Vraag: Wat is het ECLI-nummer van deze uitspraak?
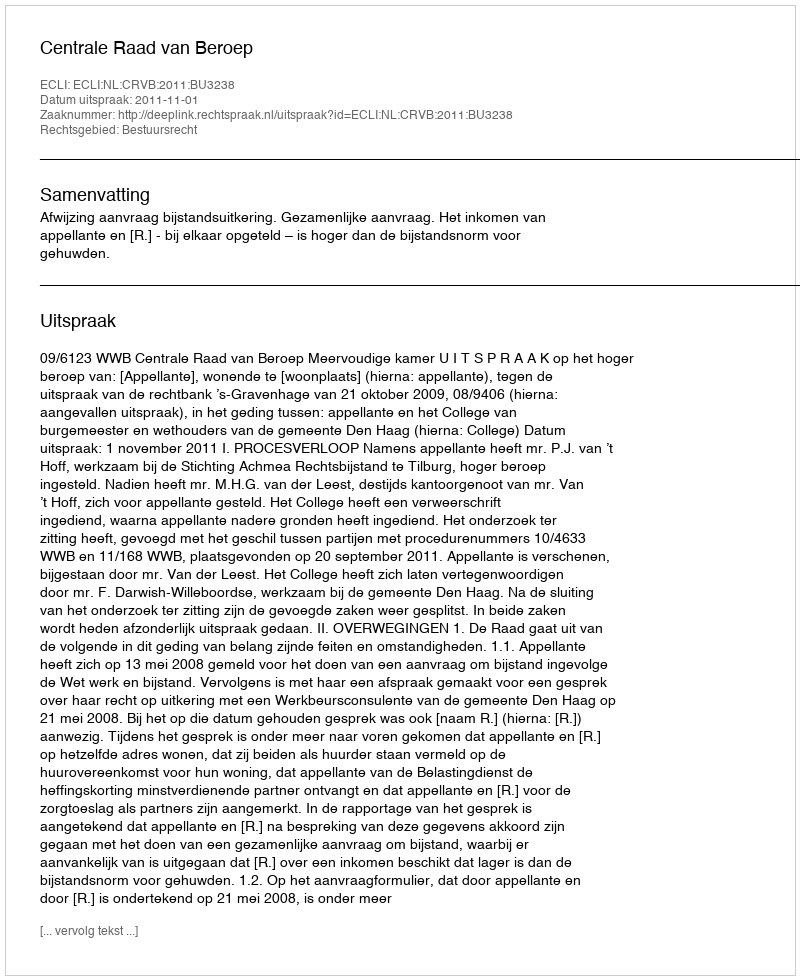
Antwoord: ECLI:NL:CRVB:2011:BU3238